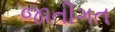
જાતીગત